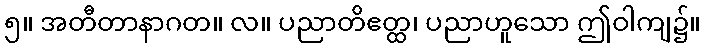
၅။ အတီတာနာဂတ။ လ။ ပညာတိဧတ္ထ၊ ပညာဟူသော ဤဝါကျ၌။